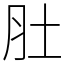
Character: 肚